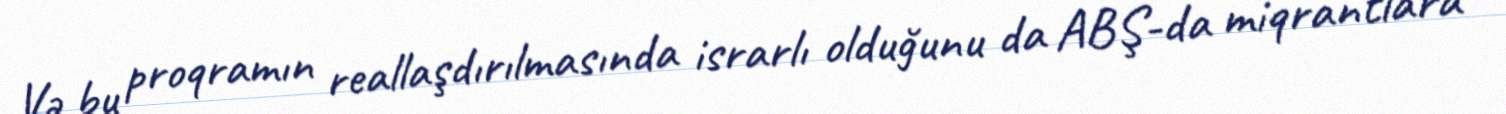
Və bu proqramın reallaşdırılmasında israrlı olduğunu da ABŞ-da miqrantlara